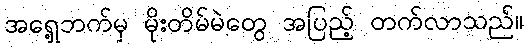
အရှေ့ဘက်မှ မိုးတိမ်မဲတွေ အပြည့် တက်လာသည်။